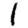
Digit: 1